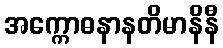
အက္ကောဓနာနတိမာနိနီ